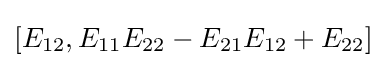
[E_{12},E_{11}E_{22}-E_{21}E_{12}+E_{22}]